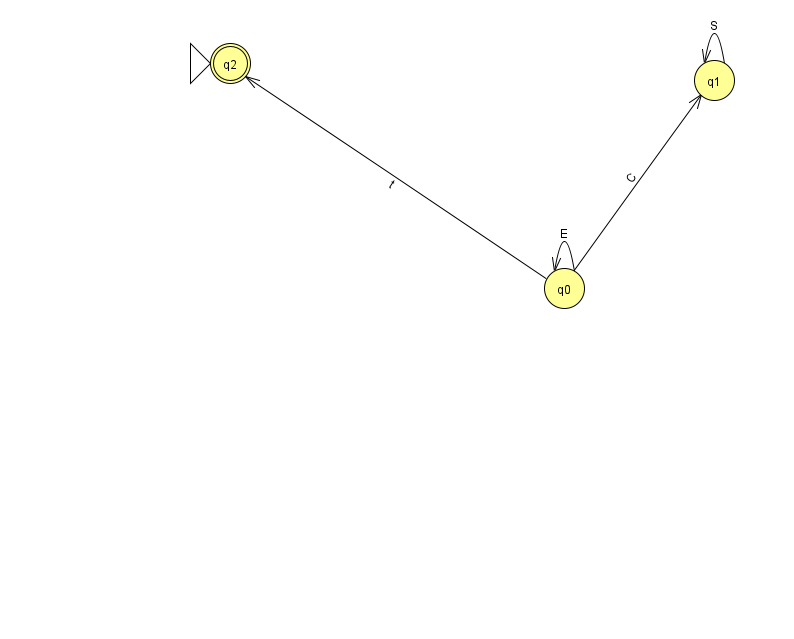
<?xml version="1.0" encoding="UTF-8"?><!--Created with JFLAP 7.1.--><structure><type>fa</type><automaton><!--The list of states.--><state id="0" name="q0"><x>564.0</x><y>275.0</y></state><state id="1" name="q1"><x>714.0</x><y>67.0</y></state><state id="2" name="q2"><x>230.0</x><y>50.0</y><initial/><final/></state><!--The list of transitions.--><transition><from>0</from><to>1</to><read>C</read></transition><transition><from>0</from><to>2</to><read>t</read></transition><transition><from>1</from><to>1</to><read>S</read></transition><transition><from>0</from><to>0</to><read>E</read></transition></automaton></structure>